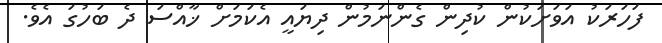
ފަހަރަކު އަވަށަކުން ކުދިން ގެންނަމުން ދިޔައީ އެކަމަށް ޚާއްސަ ދެ ބަހުގަ އެވެ.